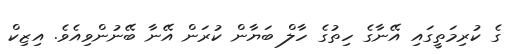
ގެ ކުރިމަތީގައި އޭނާގެ ހިތުގެ ހާލް ބަޔާން ކުރަން އޭނާ ބޭނުންވިއެވެ. އިޒިކް